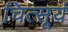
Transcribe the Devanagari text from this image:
चित्सूर्य